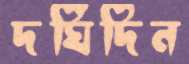
দর্ঘিদিন